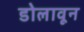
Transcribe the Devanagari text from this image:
डोलावून